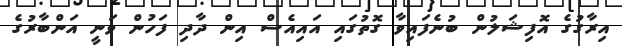
އިރާގުގެ އޮފިޝަލުން ބުނެފައިވާ ގޮތުގައި އައިއެސް އިން ދާދި ފަހުން ވަނީ އަންބާރުގެ